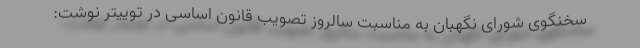
سخنگوی شورای نگهبان به مناسبت سالروز تصویب قانون اساسی در توییتر نوشت: